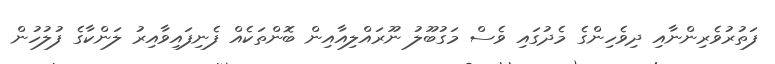
ފަތުރުވެރިންނާއި ދިވެހިންގެ މެދުގައި ވެސް މަގުބޫލު ނޫރައްލިއާއިން ބޮންތަކެއް ފެނިފައިވާއިރު ލަންކާގެ ފުލުހުން